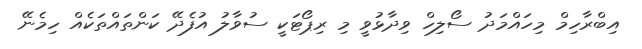
އިބްރާހިމް މިހައްމަދު ސޯލިހް ވިދާޅުވީ މި ރިޕޯޓަކީ ސުވާލު އުފެދޭ ކަންތައްތަކެއް ހިމެނޭ